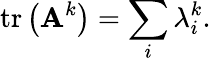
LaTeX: \operatorname{tr}\left(\mathbf{A}^{k}\right)=\sum_{i}\lambda_{i}^{k}.